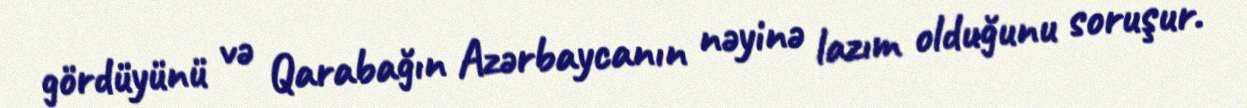
gördüyünü və Qarabağın Azərbaycanın nəyinə lazım olduğunu soruşur.